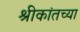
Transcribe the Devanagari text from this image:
श्रीकांतच्या